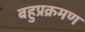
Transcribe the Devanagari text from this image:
बहुप्रक्रमण